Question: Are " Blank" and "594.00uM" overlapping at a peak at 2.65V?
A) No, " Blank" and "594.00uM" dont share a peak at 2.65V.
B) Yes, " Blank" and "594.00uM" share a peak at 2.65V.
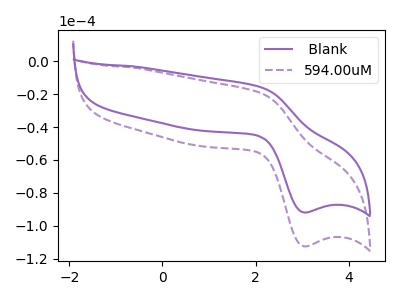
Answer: <think>The purple curve " Blank" has an anodic peak at (2.10V, -15.70uA) and a cathodic peak at (3.05V, -91.85uA). The purple dashed curve "594.00uM" has an anodic peak at (2.10V, -19.25uA) and a cathodic peak at (3.05V, -112.45uA).</think>
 <answer>A) No, " Blank" and "594.00uM" dont share a peak at 2.65V.</answer>
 <eval>A</eval>